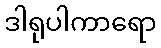
ဒါရုပါကာရော